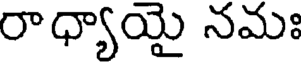
రాధ్యాయై నమః